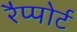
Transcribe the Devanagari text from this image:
रैप्पोर्ट